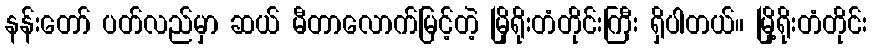
နန်းတော် ပတ်လည်မှာ ဆယ် မီတာလောက်မြင့်တဲ့ မြိုရိုးတံတိုင်းကြီး ရှိပါတယ်။ မြို့ရိုးတံတိုင်း